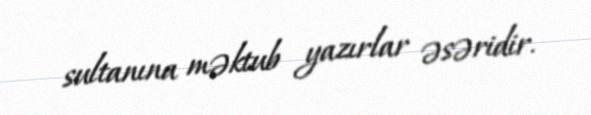
sultanına məktub yazırlar əsəridir.